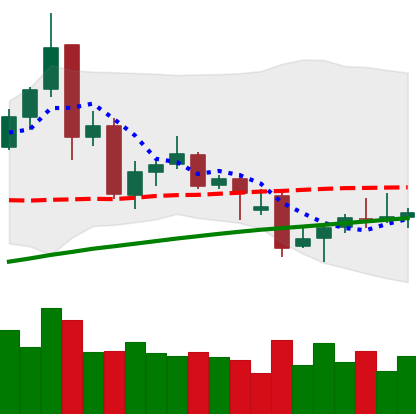
Ticker: TRX-USD
Chart end date: 2021-12-02
Forward return: -7.401%
Label: down_7plus